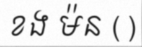
ខង ម៉ន ( )